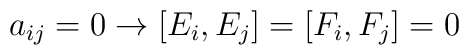
a_{ij} = 0 \rightarrow [E_i, E_j]  =  [F_i, F_j] = 0